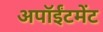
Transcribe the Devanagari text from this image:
अपॉईंटमेंट